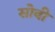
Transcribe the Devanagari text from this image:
सोवी